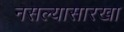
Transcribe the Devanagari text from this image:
नसल्यासारखा